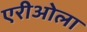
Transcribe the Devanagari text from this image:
एरीओला